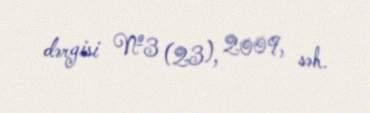
dərgisi №3 (23), 2009, səh.